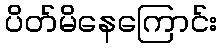
ပိတ်မိနေကြောင်း